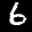
Label: 6